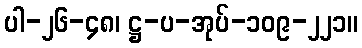
ပါ-၂၆-၄၈၊ ဋ္ဌ-ပ-အုပ်-၁၀၉-၂၂၁။